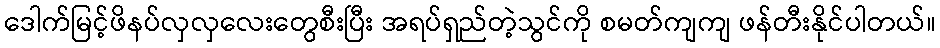
ဒေါက်မြင့်ဖိနပ်လှလှလေးတွေစီးပြီး အရပ်ရှည်တဲ့သွင်ကို စမတ်ကျကျ ဖန်တီးနိုင်ပါတယ်။